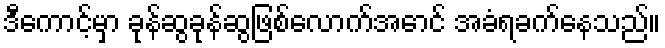
ဒီကောင့်မှာ ခုန်ဆွခုန်ဆွဖြစ်လောက်အောင် အခံရခက်နေသည်။